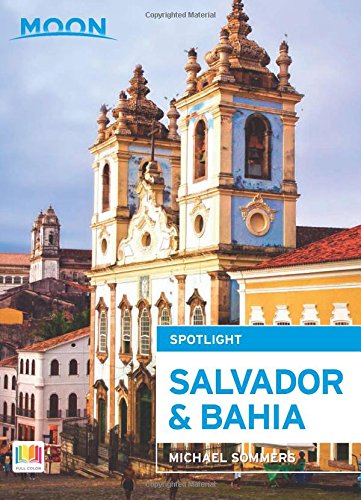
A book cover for Moon Spotlight Salvador & Bahia; Michael Sommers; Travel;